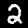
Digit: 2